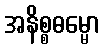
အနိစ္စဓမ္မော